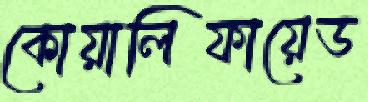
কোয়ালিফায়েড